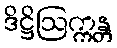
ဒိဋ္ဌိဩက္ကန္တ